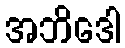
အဘိဒေါ